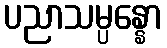
ပညာသမ္ပန္နော